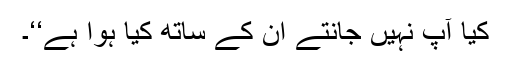
کیا آپ نہیں جانتے ان کے ساتھ کیا ہوا ہے‘‘۔